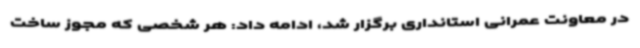
در معاونت عمرانی استانداری برگزار شد، ادامه داد: هر شخصی که مجوز ساخت